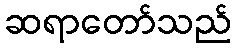
ဆရာတော်သည်